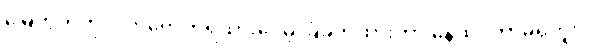
မြေကွက်ကိုလက်ရောက်ရထားပေမဲ့ ခြံခတ်ထားတာ၊နေထိုင်တာမရှိဘူး။